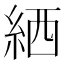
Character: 絤